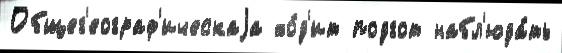
Общег'еограф'ическаjа хо́д'ит подгот набл'юда́ть